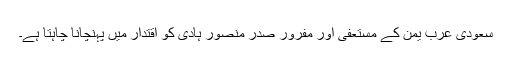
سعودی عرب یمن کے مستعفی اور مفرور صدر منصور ہادی کو اقتدار میں پہنچانا چاہتا ہے۔